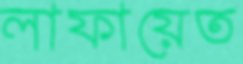
লাফায়েত